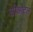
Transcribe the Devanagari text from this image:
सीओटल